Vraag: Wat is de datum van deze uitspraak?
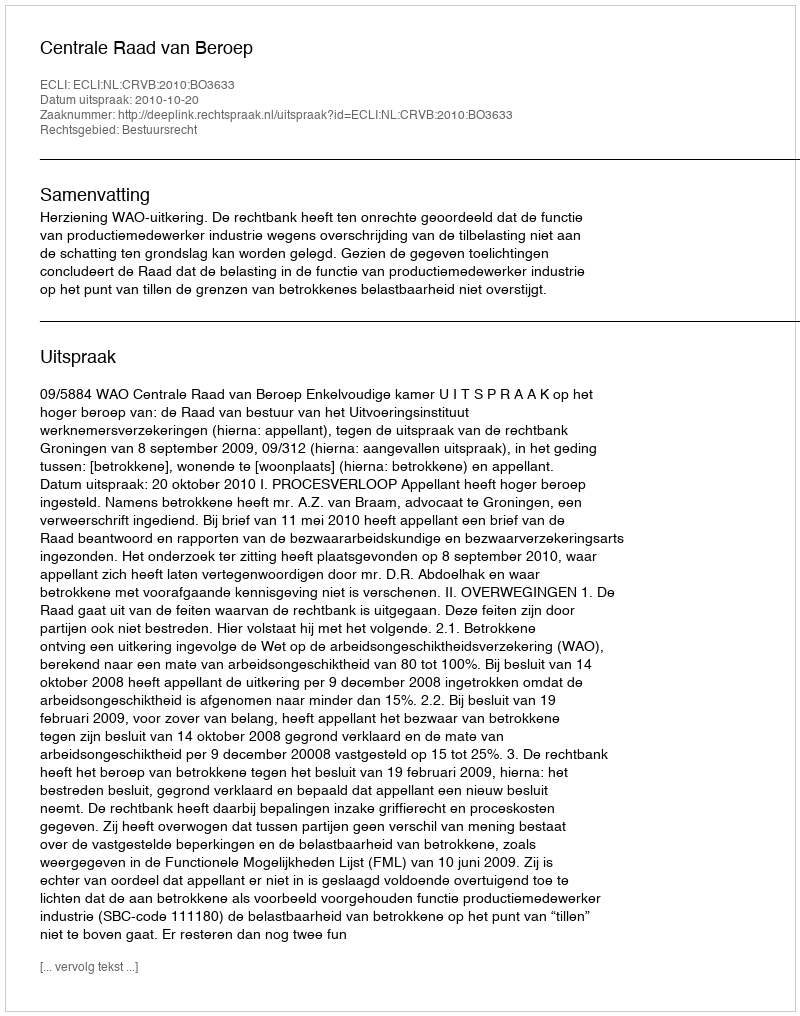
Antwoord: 2010-10-20